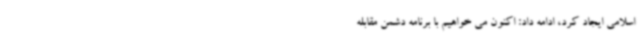
اسلامی ایجاد کرد، ادامه داد: اکنون می خواهیم با برنامه دشمن مقابله